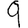
Digit: 9